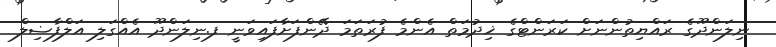
ނިލަންދޫގެ ރައްޔިތުންނަށް ކަރަންޓްގެ ޚިދުމަތް އެންމެ ފުރަތަމަ ދޭންފަށާފައިވަނީ ފ.ނިލަންދޫ އެއްގަލި އަލްފާޟިލް